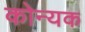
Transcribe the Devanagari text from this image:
कोन्यक